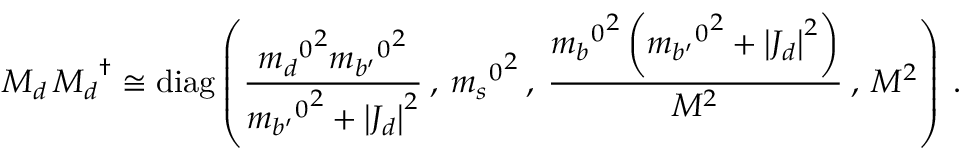
M _ { d } \, { M _ { d } } ^ { \dagger } \cong \mathrm { d i a g } \left( \frac { { { m _ { d } } ^ { 0 } } ^ { 2 } { { m _ { b ^ { \prime } } } ^ { 0 } } ^ { 2 } } { { { m _ { b ^ { \prime } } } ^ { 0 } } ^ { 2 } + \left| J _ { d } \right| ^ { 2 } } \: , \: { { m _ { s } } ^ { 0 } } ^ { 2 } \: , \: \frac { { { m _ { b } } ^ { 0 } } ^ { 2 } \left( { { m _ { b ^ { \prime } } } ^ { 0 } } ^ { 2 } + \left| J _ { d } \right| ^ { 2 } \right) } { M ^ { 2 } } \: , \: M ^ { 2 } \right) \: .